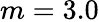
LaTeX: m=3.0